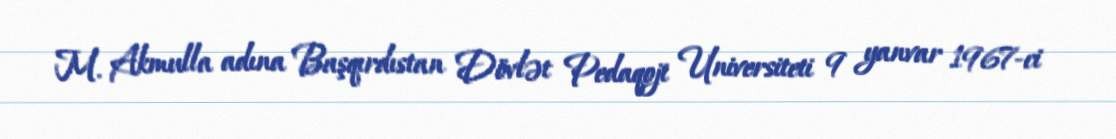
M. Akmulla adına Başqırdıstan Dövlət Pedaqoji Universiteti 9 yanvar 1967-ci